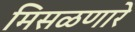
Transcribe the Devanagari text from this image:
मिसळणारे